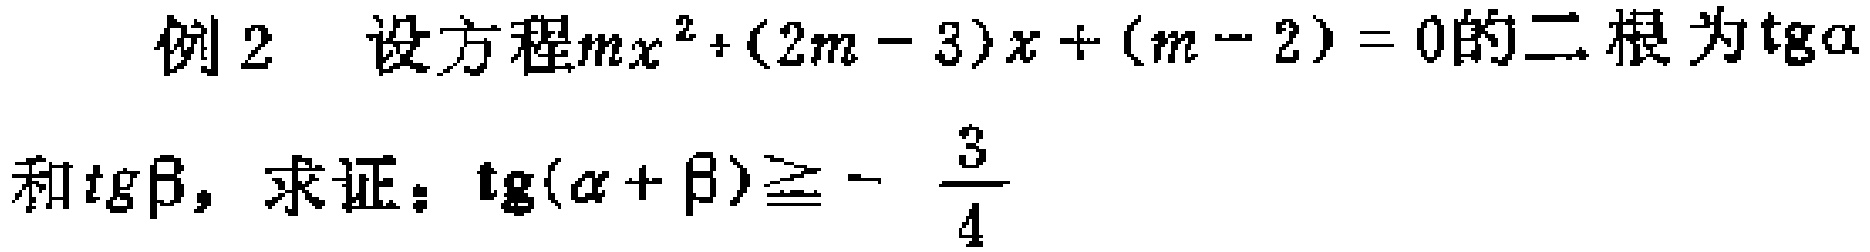
例2 设方程\(mx^{2}+(2m - 3)x+(m - 2)=0\)的二根为\(\mathrm{tg}\alpha\)和\(\mathrm{tg}\beta\)，求证：\(\mathrm{tg}(\alpha+\beta)\geq-\frac{3}{4}\)